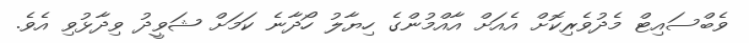
ވެބްސައިޓް މެދުވެރިކޮށް އެއަށް އާއްމުންގެ ހިޔާލު ހޯދާނެ ކަމަށް ޝަވީދު ވިދާޅުވި އެވެ.